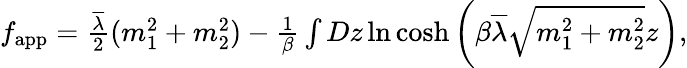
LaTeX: \begin{array}{r}{f_{\mathrm{app}}=\frac{\overline{{\lambda}}}{2}(m_{1}^{2}+m_{2}^{2})-\frac{1}{\beta}\int Dz\ln\cosh\left(\beta\overline{{\lambda}}\sqrt{m_{1}^{2}+m_{2}^{2}}z\right),}\end{array}